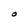
Character: O